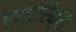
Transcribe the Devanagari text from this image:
एस्टेरिक्स